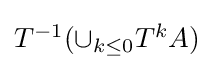
{\textstyle T^{-1}(\cup _{k\leq 0}T^{k}A)}